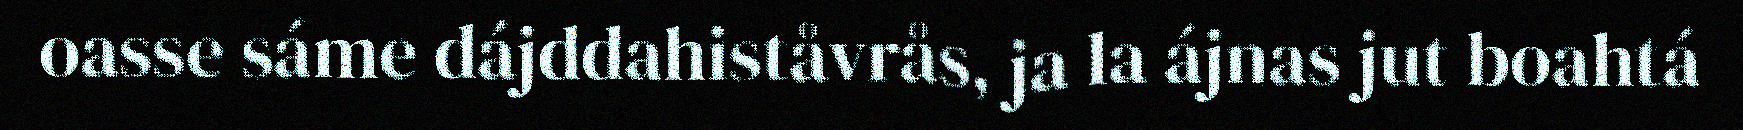
oasse sáme dájddahiståvrås, ja la ájnas jut boahtá